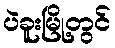
ပဲခူးမြို့တွင်